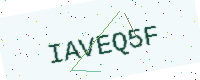
Text: IAVEQ5F